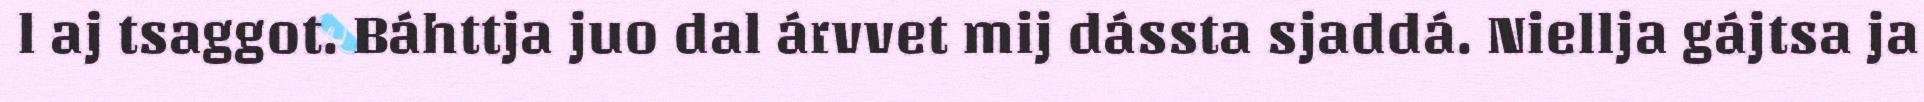
l aj tsaggot. Báhttja juo dal árvvet mij dássta sjaddá. Niellja gájtsa ja